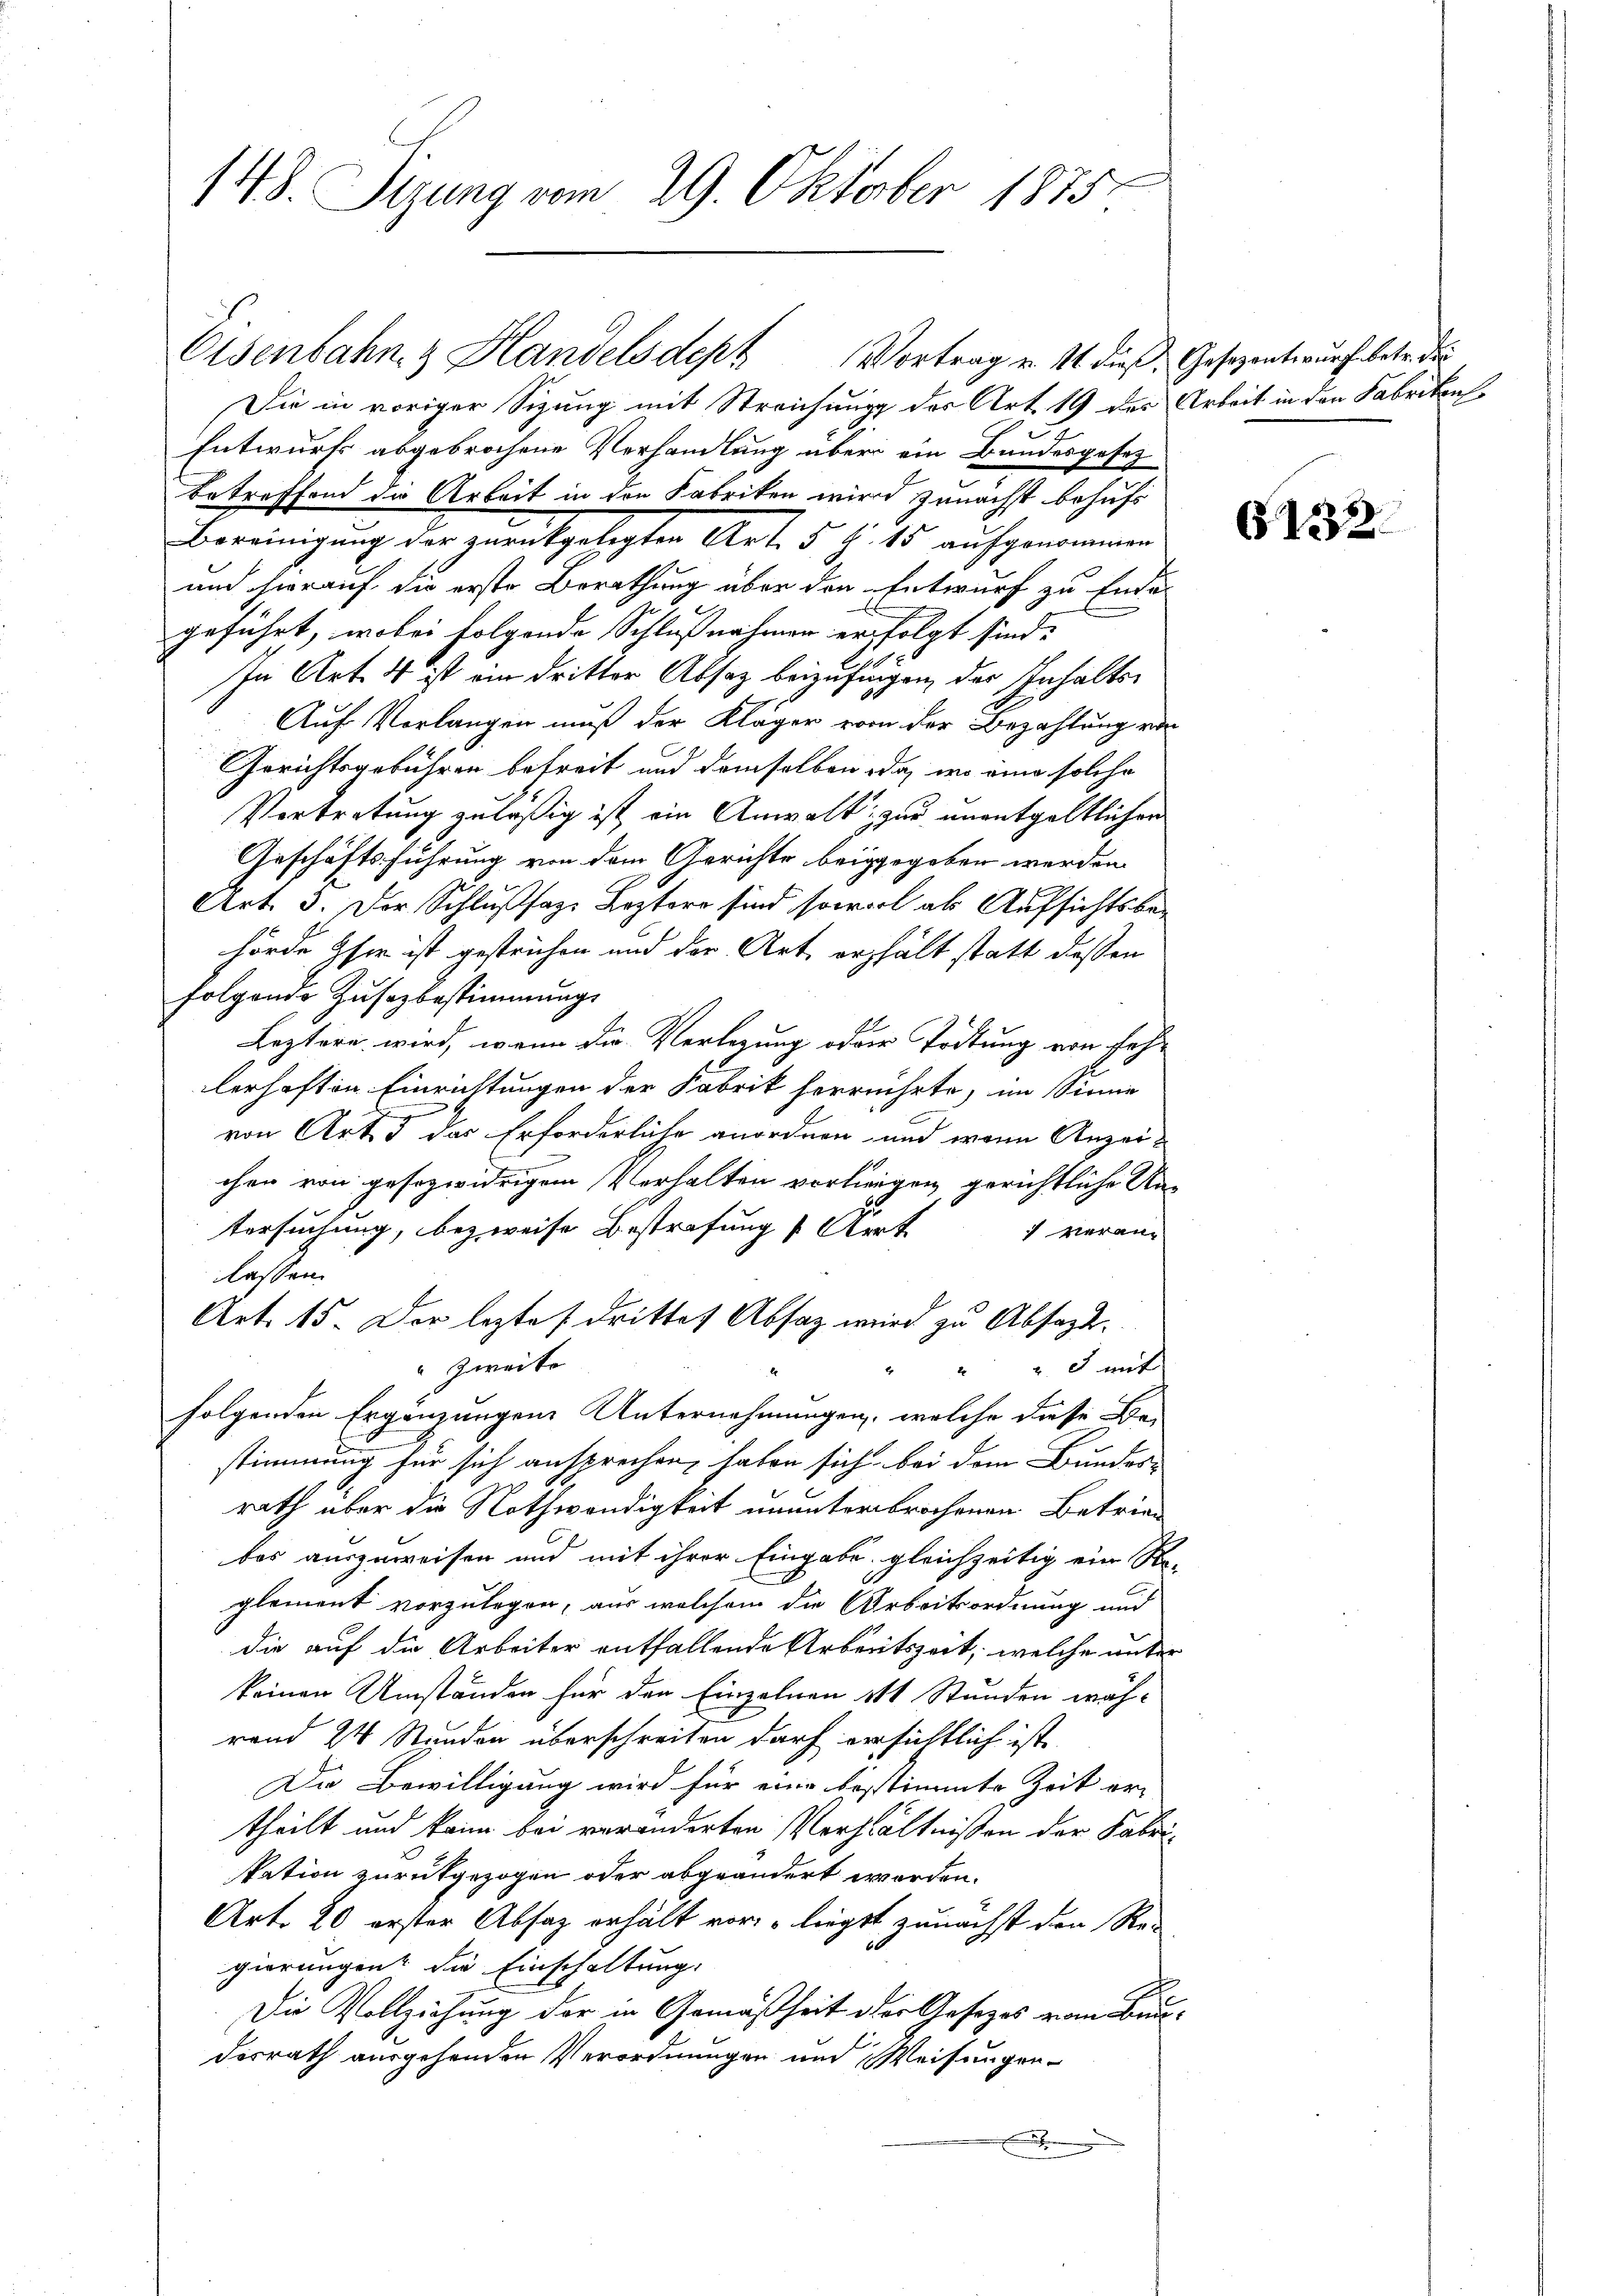
148. Sizung vom 29. Oktober 1875.

Oisenbahn & Handelsdept Vortrag u. 1 dieß Gesezentwurf betr. des

Sie in voriger Sizung mit Streichung der Art. 19 der Arbeit in den Fabrikon
Entwurfs abgebrochene Verhandlung über ein Bundesgesez
Betreffend die Arbeit in den Fabriken wird zunächst behufs
Bereinigung der zurückgelegten Art. 5 § 15 aufgenommen
und hierauf die erste Berathung über den Entwurf zu Ende
geführt, wobei folgende Schlußnahmen erfolgt sind.
In Art. d ist ein dritter Absaz beizufingen, der Inhalts¬
Auf Vorlangen muß der Kläger von der Bezahlung von
Gerichtsgebühren befreit und demselben da, wo eine solche
Vortretung zuläßig ist ein Anwalt, zur unentgeltlichen
Geschäftsführung von dem Gerichte beigegeben werden.
Art. 3. Der Schlußsaz, Leztero sind sowol als Aufsichtsbe-
hörde sie ist gestrichen und der Art erhält statt dessen
folgende Zusazbestimmung
Leztere wird, wenn die Verlegung oder Tödtung von Fehr
lerhaften Einrichtungen der Fabrik herrührte, im Sinne
von Art. 5 das Erforderliche anordnen und wenn Anzeichen von gesozwidrigem Verhalten verlingen, gerichtliche Untersuchung, bezweife Bestrafung Art verang
lassen.
Art. 15. Der lezte (drittet Absaz wird zu Absagt.
" zweite
" " u. et mit
folgenden Ergänzungen Unternehmungen, welche diese Be-
stimmung für sich ansprechen, haben sich bei dem Bundes-
rath über die Nothwendigkeit ununterbrochenen Betriebas auszuweisen und mit ihrer Eingabe gleichzeitig ein Re-
glement vorzulegen, aus welchem die Arbeitsordnung und
die auf die Arbeiter entfallende Arbeitszeit, welche unter
keinen Umständen für den Einzelnen 11 Stunden wäh-
rand 24 Stunden überschreiben darf ersichtlich ist
Die Bewilligung wird für eine bestimmte Zeit er-
theilt und kann bei veränderten Verhältnissen der Fabrikation zurückgezogen oder abgeändert worden.
Art. 20 erster Absaz erhält vor, liegst zunächst den Re-
gierungen die Einschaltung.
Die Vollziehung der in Gemäßheit der Gesetzes vom Bundesrath ausgehenden Verordnungen und Weisungen
.

G132